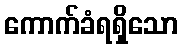
ကောက်ခံရရှိသော